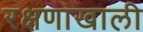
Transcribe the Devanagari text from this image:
रक्षणाखाली